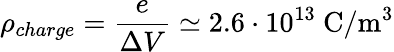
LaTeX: \rho_{charge}=\frac{e}{\Delta V}\simeq 2.6\cdot 10^{13}~\mathrm{C/m^{3}}